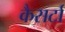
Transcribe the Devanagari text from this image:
कैसर्टा